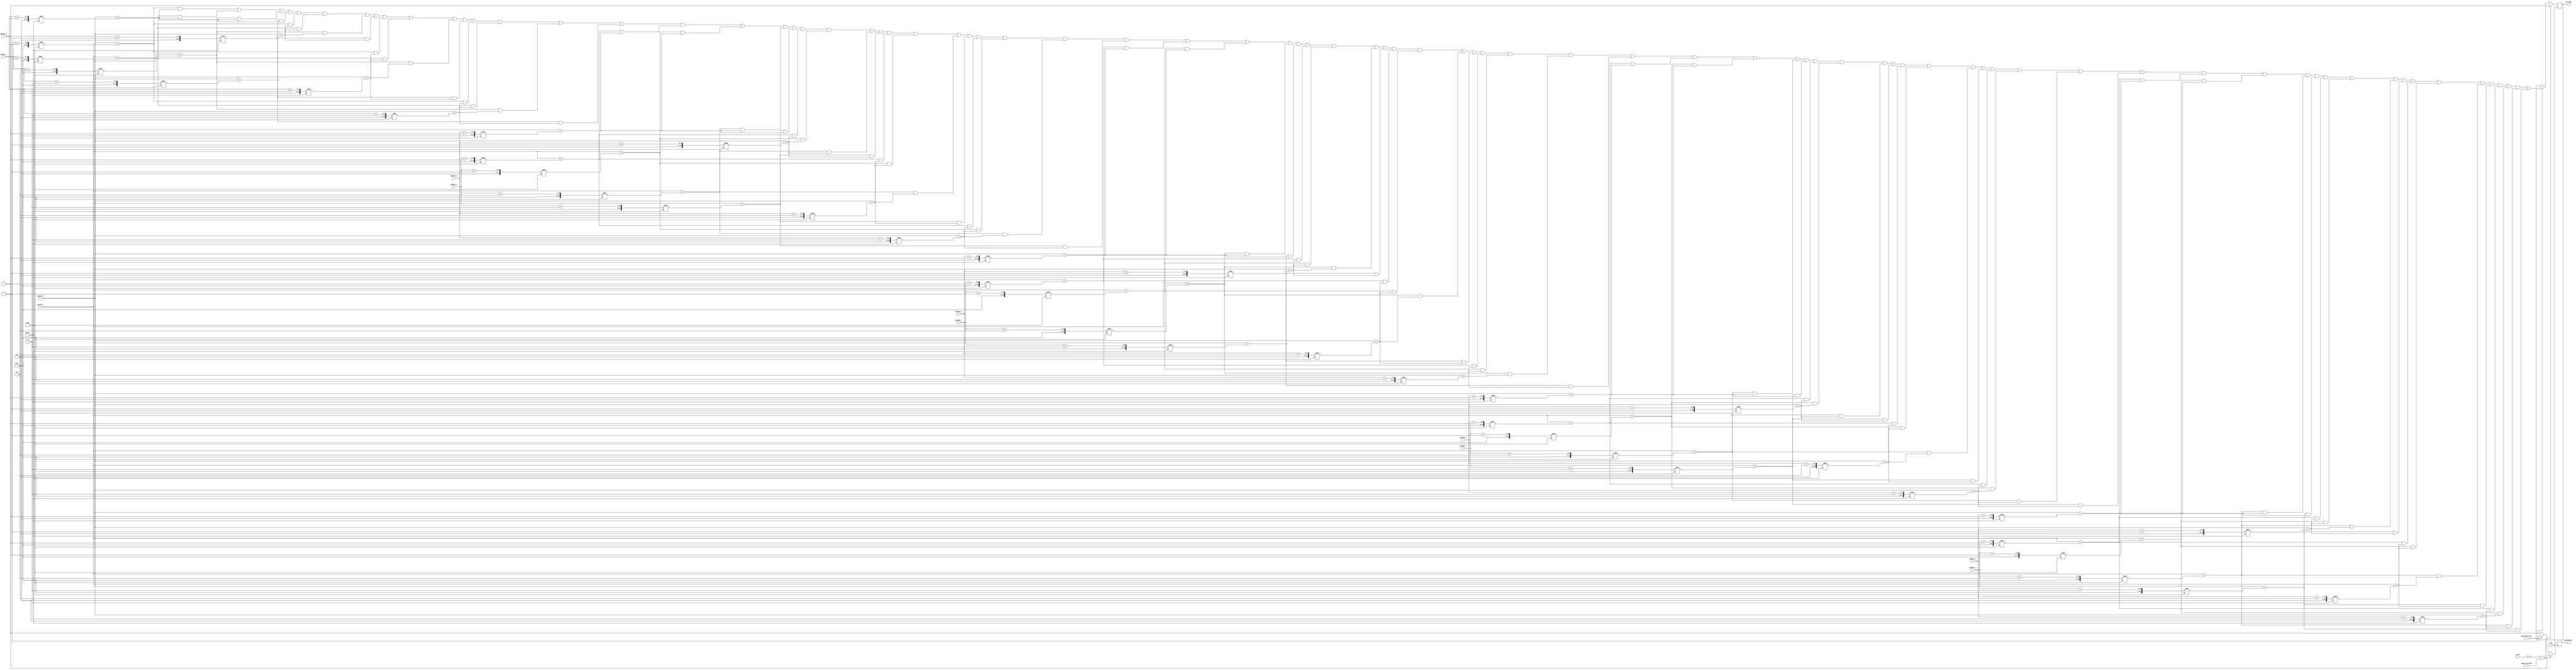
module collision(
	input clk, reset,
	input detectCollide,
	input space_pressed,
	input [7:0] player_x,
	input [6:0] player_y,
	input [7:0] enemy1_x,
	input [6:0] enemy1_y,
	input [7:0] enemy2_x,
	input [6:0] enemy2_y,
	input [7:0] enemy3_x,
	input [6:0] enemy3_y,
	input [7:0] enemy4_x,
	input [6:0] enemy4_y,
	input [7:0] enemy5_x,
	input [6:0] enemy5_y,
	output reg doneDetect,
	output reg collide);
	always@(posedge clk)begin
		if(reset == 1'b0 || space_pressed)begin
			doneDetect <= 1'b0;
			collide <= 1'b0;
		end else if (!detectCollide) begin
			doneDetect <= 1'b0;
		end else if (detectCollide) begin
				 collide <=(((player_x == (enemy1_x + 0) % 160) && (player_y == (enemy1_y + 0) % 120)) ||
								((player_x == (enemy1_x + 1) % 160) && (player_y == (enemy1_y + 0) % 120)) ||
								((player_x == (enemy1_x + 2) % 160) && (player_y == (enemy1_y + 0) % 120)) ||
								((player_x == (enemy1_x + 3) % 160) && (player_y == (enemy1_y + 0) % 120)) ||

								((player_x == (enemy1_x + 0) % 160) && (player_y == (enemy1_y + 1) % 120)) ||
								((player_x == (enemy1_x + 1) % 160) && (player_y == (enemy1_y + 1) % 120)) ||
								((player_x == (enemy1_x + 2) % 160) && (player_y == (enemy1_y + 1) % 120)) ||
								((player_x == (enemy1_x + 3) % 160) && (player_y == (enemy1_y + 1) % 120)) ||

								((player_x == (enemy1_x + 0) % 160) && (player_y == (enemy1_y + 2) % 120)) ||
								((player_x == (enemy1_x + 1) % 160) && (player_y == (enemy1_y + 2) % 120)) ||
								((player_x == (enemy1_x + 2) % 160) && (player_y == (enemy1_y + 2) % 120)) ||
								((player_x == (enemy1_x + 3) % 160) && (player_y == (enemy1_y + 2) % 120)) ||

								((player_x == (enemy1_x + 0) % 160) && (player_y == (enemy1_y + 3) % 120)) ||
								((player_x == (enemy1_x + 1) % 160) && (player_y == (enemy1_y + 3) % 120)) ||
								((player_x == (enemy1_x + 2) % 160) && (player_y == (enemy1_y + 3) % 120)) ||
								((player_x == (enemy1_x + 3) % 160) && (player_y == (enemy1_y + 3) % 120)) ||
								
								
								((player_x == (enemy2_x + 0) % 160) && (player_y == (enemy2_y + 0) % 120)) ||
								((player_x == (enemy2_x + 1) % 160) && (player_y == (enemy2_y + 0) % 120)) ||
								((player_x == (enemy2_x + 2) % 160) && (player_y == (enemy2_y + 0) % 120)) ||
								((player_x == (enemy2_x + 3) % 160) && (player_y == (enemy2_y + 0) % 120)) ||

								((player_x == (enemy2_x + 0) % 160) && (player_y == (enemy2_y + 1) % 120)) ||
								((player_x == (enemy2_x + 1) % 160) && (player_y == (enemy2_y + 1) % 120)) ||
								((player_x == (enemy2_x + 2) % 160) && (player_y == (enemy2_y + 1) % 120)) ||
								((player_x == (enemy2_x + 3) % 160) && (player_y == (enemy2_y + 1) % 120)) ||

								((player_x == (enemy2_x + 0) % 160) && (player_y == (enemy2_y + 2) % 120)) ||
								((player_x == (enemy2_x + 1) % 160) && (player_y == (enemy2_y + 2) % 120)) ||
								((player_x == (enemy2_x + 2) % 160) && (player_y == (enemy2_y + 2) % 120)) ||
								((player_x == (enemy2_x + 3) % 160) && (player_y == (enemy2_y + 2) % 120)) ||

								((player_x == (enemy2_x + 0) % 160) && (player_y == (enemy2_y + 3) % 120)) ||
								((player_x == (enemy2_x + 1) % 160) && (player_y == (enemy2_y + 3) % 120)) ||
								((player_x == (enemy2_x + 2) % 160) && (player_y == (enemy2_y + 3) % 120)) ||
								((player_x == (enemy2_x + 3) % 160) && (player_y == (enemy2_y + 3) % 120)) ||
								
								
								((player_x == (enemy3_x + 0) % 160) && (player_y == (enemy3_y + 0) % 120)) ||
								((player_x == (enemy3_x + 1) % 160) && (player_y == (enemy3_y + 0) % 120)) ||
								((player_x == (enemy3_x + 2) % 160) && (player_y == (enemy3_y + 0) % 120)) ||
								((player_x == (enemy3_x + 3) % 160) && (player_y == (enemy3_y + 0) % 120)) ||

								((player_x == (enemy3_x + 0) % 160) && (player_y == (enemy3_y + 1) % 120)) ||
								((player_x == (enemy3_x + 1) % 160) && (player_y == (enemy3_y + 1) % 120)) ||
								((player_x == (enemy3_x + 2) % 160) && (player_y == (enemy3_y + 1) % 120)) ||
								((player_x == (enemy3_x + 3) % 160) && (player_y == (enemy3_y + 1) % 120)) ||

								((player_x == (enemy3_x + 0) % 160) && (player_y == (enemy3_y + 2) % 120)) ||
								((player_x == (enemy3_x + 1) % 160) && (player_y == (enemy3_y + 2) % 120)) ||
								((player_x == (enemy3_x + 2) % 160) && (player_y == (enemy3_y + 2) % 120)) ||
								((player_x == (enemy3_x + 3) % 160) && (player_y == (enemy3_y + 2) % 120)) ||

								((player_x == (enemy3_x + 0) % 160) && (player_y == (enemy3_y + 3) % 120)) ||
								((player_x == (enemy3_x + 1) % 160) && (player_y == (enemy3_y + 3) % 120)) ||
								((player_x == (enemy3_x + 2) % 160) && (player_y == (enemy3_y + 3) % 120)) ||
								((player_x == (enemy3_x + 3) % 160) && (player_y == (enemy3_y + 3) % 120)) ||
								
								
								((player_x == (enemy4_x + 0) % 160) && (player_y == (enemy4_y + 0) % 120)) ||
								((player_x == (enemy4_x + 1) % 160) && (player_y == (enemy4_y + 0) % 120)) ||
								((player_x == (enemy4_x + 2) % 160) && (player_y == (enemy4_y + 0) % 120)) ||
								((player_x == (enemy4_x + 3) % 160) && (player_y == (enemy4_y + 0) % 120)) ||

								((player_x == (enemy4_x + 0) % 160) && (player_y == (enemy4_y + 1) % 120)) ||
								((player_x == (enemy4_x + 1) % 160) && (player_y == (enemy4_y + 1) % 120)) ||
								((player_x == (enemy4_x + 2) % 160) && (player_y == (enemy4_y + 1) % 120)) ||
								((player_x == (enemy4_x + 3) % 160) && (player_y == (enemy4_y + 1) % 120)) ||

								((player_x == (enemy4_x + 0) % 160) && (player_y == (enemy4_y + 2) % 120)) ||
								((player_x == (enemy4_x + 1) % 160) && (player_y == (enemy4_y + 2) % 120)) ||
								((player_x == (enemy4_x + 2) % 160) && (player_y == (enemy4_y + 2) % 120)) ||
								((player_x == (enemy4_x + 3) % 160) && (player_y == (enemy4_y + 2) % 120)) ||

								((player_x == (enemy4_x + 0) % 160) && (player_y == (enemy4_y + 3) % 120)) ||
								((player_x == (enemy4_x + 1) % 160) && (player_y == (enemy4_y + 3) % 120)) ||
								((player_x == (enemy4_x + 2) % 160) && (player_y == (enemy4_y + 3) % 120)) ||
								((player_x == (enemy4_x + 3) % 160) && (player_y == (enemy4_y + 3) % 120))||
								
								
								((player_x == (enemy5_x + 0) % 160) && (player_y == (enemy5_y + 0) % 120)) ||
								((player_x == (enemy5_x + 1) % 160) && (player_y == (enemy5_y + 0) % 120)) ||
								((player_x == (enemy5_x + 2) % 160) && (player_y == (enemy5_y + 0) % 120)) ||
								((player_x == (enemy5_x + 3) % 160) && (player_y == (enemy5_y + 0) % 120)) ||

								((player_x == (enemy5_x + 0) % 160) && (player_y == (enemy5_y + 1) % 120)) ||
								((player_x == (enemy5_x + 1) % 160) && (player_y == (enemy5_y + 1) % 120)) ||
								((player_x == (enemy5_x + 2) % 160) && (player_y == (enemy5_y + 1) % 120)) ||
								((player_x == (enemy5_x + 3) % 160) && (player_y == (enemy5_y + 1) % 120)) ||

								((player_x == (enemy5_x + 0) % 160) && (player_y == (enemy5_y + 2) % 120)) ||
								((player_x == (enemy5_x + 1) % 160) && (player_y == (enemy5_y + 2) % 120)) ||
								((player_x == (enemy5_x + 2) % 160) && (player_y == (enemy5_y + 2) % 120)) ||
								((player_x == (enemy5_x + 3) % 160) && (player_y == (enemy5_y + 2) % 120)) ||

								((player_x == (enemy5_x + 0) % 160) && (player_y == (enemy5_y + 3) % 120)) ||
								((player_x == (enemy5_x + 1) % 160) && (player_y == (enemy5_y + 3) % 120)) ||
								((player_x == (enemy5_x + 2) % 160) && (player_y == (enemy5_y + 3) % 120)) ||
								((player_x == (enemy5_x + 3) % 160) && (player_y == (enemy5_y + 3) % 120)));
					doneDetect <= 1'b1;
			end
	end
													
endmodule